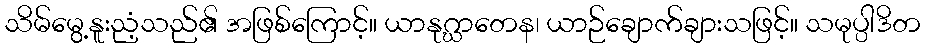
သိမ်မွေ့နူးညံ့သည်၏ အဖြစ်ကြောင့်။ ယာနုဂ္ဃာတေန၊ ယာဉ်ချောက်ချားသဖြင့်။ သမုပ္ပါဒိတ